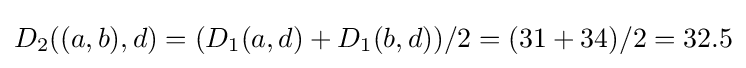
D_{2}((a,b),d)=(D_{1}(a,d)+D_{1}(b,d))/2=(31+34)/2=32.5